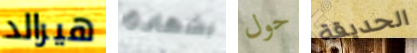
هيرالد بشهادة حول الحديقة